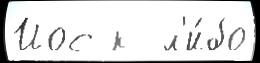
Йос к  л'и́бо